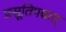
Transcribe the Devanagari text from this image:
प्रसूतिपश्चात्